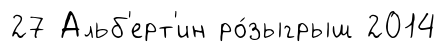
27 Альб'ерт'ин ро́зыгрыш 2014